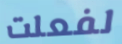
لفعلت